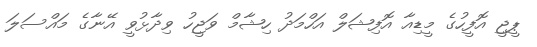
ޕީޖީ އޮފީހުގެ މީޑިއާ އޮފިޝަލް އަހްމަދު ހިޝާމް ވަޖީހު ވިދާޅުވީ އޭނާގެ މައްސަލަ